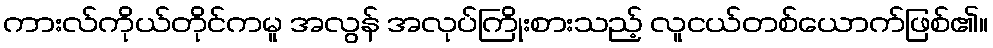
ကားလ်ကိုယ်တိုင်ကမူ အလွန် အလုပ်ကြိုးစားသည့် လူငယ်တစ်ယောက်ဖြစ်၏။